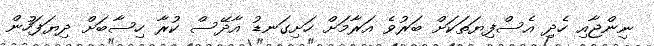
ނިންޖާއި ހެދި އެސްފިޔަތަކަށް ބަރުވެ އަރާމަށް ހަށިގަނޑު އާދޭސް ކުރާ ހިސާބަށް ދިޔަފަހުން